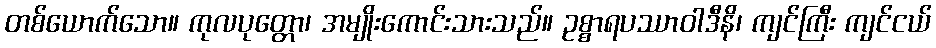
တစ်ယောက်သော။ ကုလပုတ္တော၊ အမျိုးကောင်းသားသည်။ ဥစ္စာရပဿာဝါဒီနိ၊ ကျင်ကြီး ကျင်ငယ်